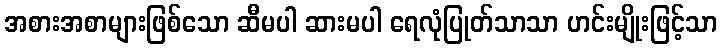
အစားအစာများဖြစ်သော ဆီမပါ ဆားမပါ ရေလုံပြုတ်သာသာ ဟင်းမျိုးဖြင့်သာ